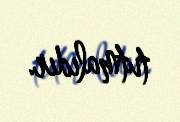
tutmalıdır.